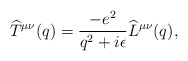
\begin{align*}\widehat T^{\mu\nu}(q) = {-e^2\over q^2+i\epsilon}\widehat L^{\mu\nu}(q),\end{align*}